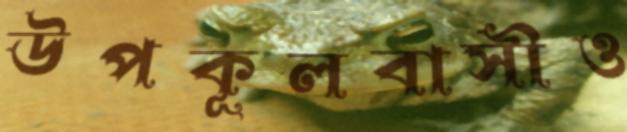
উপকূলবাসীও